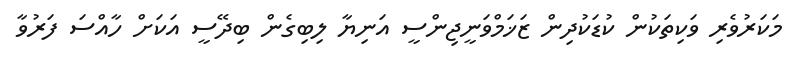
މަކަރުވެރި ވަކިތަކުން ކުޑަކުދިން ޒަޚަމްވަނީޖިންސީ އަނިޔާ ލިބިގެން ބިދޭސީ އަކަށް ހާއްސަ ފަރުވާ